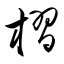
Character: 槢